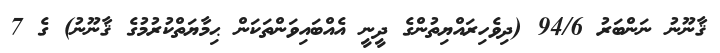
ޤާނޫނު ނަންބަރު 94/6 (ދިވެހިރައްޔިތުންގެ ދީނީ އެއްބައިވަންތަކަން ޙިމާޔަތްކުރުމުގެ ޤާނޫނު) ގެ 7